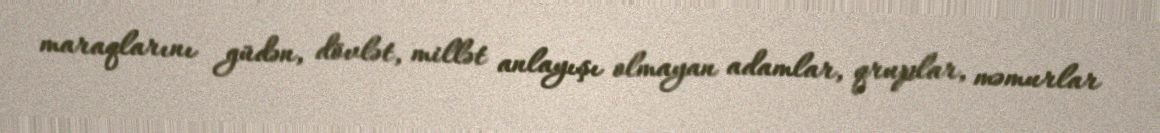
maraqlarını güdən, dövlət, millət anlayışı olmayan adamlar, qruplar, məmurlar